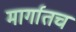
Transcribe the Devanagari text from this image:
मार्गातच